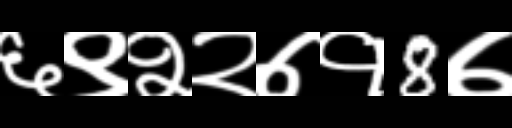
Text: ६९२२७१8७